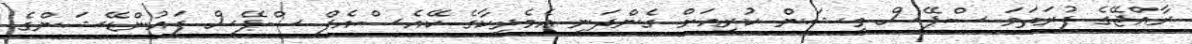
ރާއްޖޭގެ ފުރަތަމަ ސްޕޭސް މިޝަން ކުރިއަށް ގެންދަނީ އެމެރިކާގެ ކޭއެސްއެފް ސްޕޭސް ފައުންޑޭޝަންގެ